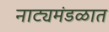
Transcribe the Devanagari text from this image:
नाट्यमंडळात